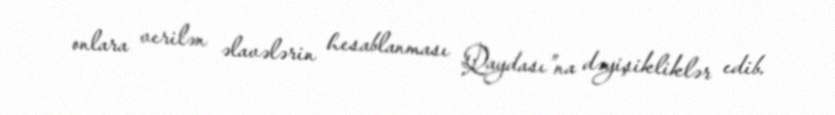
onlara verilən əlavələrin hesablanması Qaydası”na dəyişikliklər edib.